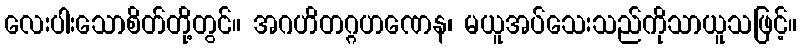
လေးပါးသောစိတ်တို့တွင်။ အဂဟိတဂ္ဂဟဏေန၊ မယူအပ်သေးသည်ကိုသာယူသဖြင့်။